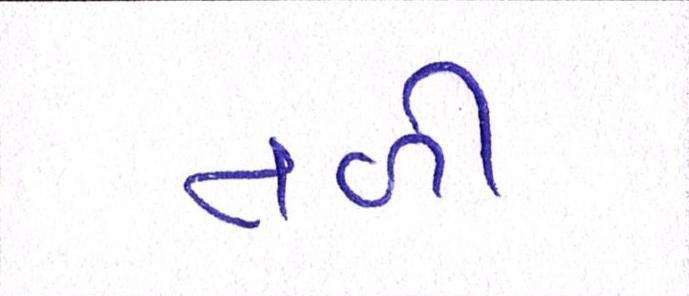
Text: તળી